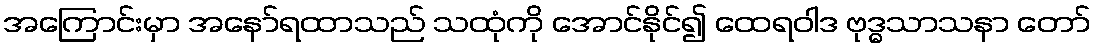
အကြောင်းမှာ အနော်ရထာသည် သထုံကို အောင်နိုင်၍ ထေရဝါဒ ဗုဒ္ဓသာသနာ တော်